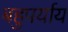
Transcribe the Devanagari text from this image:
बहुपर्याय